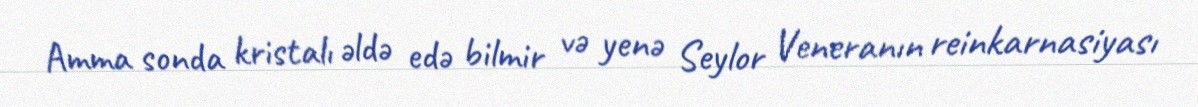
Amma sonda kristalı əldə edə bilmir və yenə Seylor Veneranın reinkarnasiyası